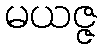
မယဇ္ဇ